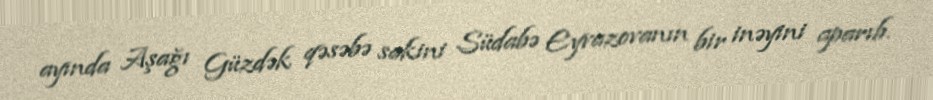
ayında Aşağı Güzdək qəsəbə sakini Südabə Eyvazovanın bir inəyini aparıb.